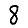
Digit: 8